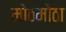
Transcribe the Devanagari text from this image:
मोठमोठा